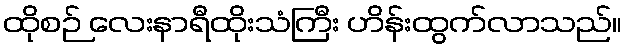
ထိုစဉ် လေးနာရီထိုးသံကြီး ဟိန်းထွက်လာသည်။